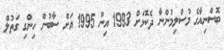
ބޮސްނިއާގެ މުސްލިމުންނާ ދެކޮޅަށް 1993 އިން 1995 އަށް ސާބުން ހިންގި ގަތުލް